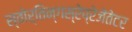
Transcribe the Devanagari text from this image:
स्तोर्तिन्गस्रेप्रेजेंतेटर